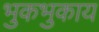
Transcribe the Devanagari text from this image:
भुकभुकाय